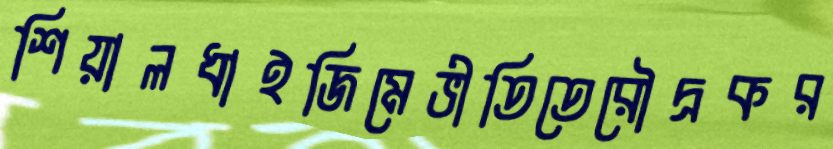
শিয়ালধাইজিমেভীতিতেরৌদ্রকর